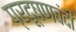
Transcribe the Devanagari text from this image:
प्रदूषणबंदी